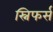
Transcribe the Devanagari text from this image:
स्निफर्स